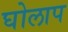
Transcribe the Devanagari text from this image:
घोलाप